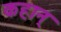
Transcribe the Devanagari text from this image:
कहान्